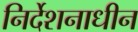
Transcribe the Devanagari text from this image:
निर्देशनाधीन